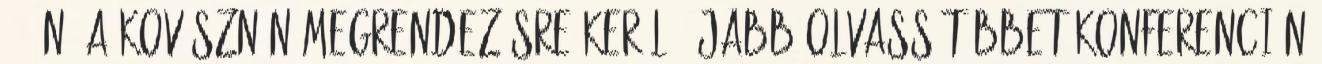
13-án, a Kovásznán megrendezésre kerülő újabb Olvass többet konferencián